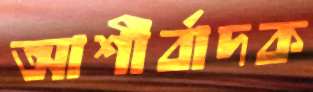
আশীর্বাদক